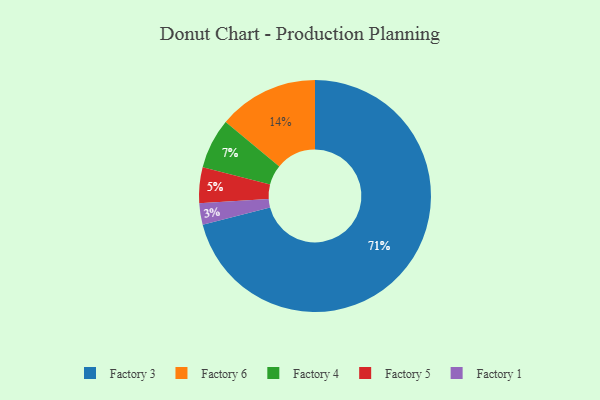
{"axis": {"x": "Category", "y": "Percentage"}, "legend": ["Factory 1", "Factory 3", "Factory 4", "Factory 5", "Factory 6"], "data": [{"x": "Factory 3", "y": 71, "type": "Factory 3"}, {"x": "Factory 4", "y": 7, "type": "Factory 4"}, {"x": "Factory 5", "y": 5, "type": "Factory 5"}, {"x": "Factory 6", "y": 14, "type": "Factory 6"}, {"x": "Factory 1", "y": 3, "type": "Factory 1"}]}